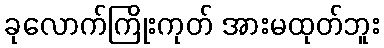
ခုလောက်ကြိုးကုတ် အားမထုတ်ဘူး